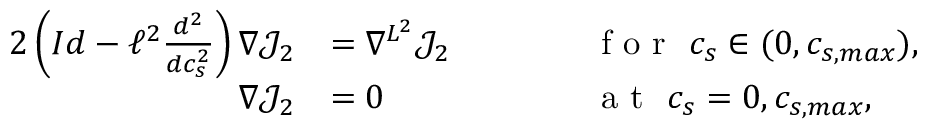
\begin{array} { r l r l } { { 2 } \left( I d - \ell ^ { 2 } \frac { d ^ { 2 } } { d c _ { s } ^ { 2 } } \right) \nabla \mathcal { J } _ { 2 } } & { = \nabla ^ { L ^ { 2 } } \mathcal { \mathcal { J } } _ { 2 } } & { \qquad } & { \textrm { f o r } \ c _ { s } \in ( 0 , c _ { s , m a x } ) , } \\ { \nabla { \mathcal { J } } _ { 2 } } & { = 0 } & { \qquad } & { \textrm { a t } \ c _ { s } = 0 , c _ { s , m a x } , } \end{array}